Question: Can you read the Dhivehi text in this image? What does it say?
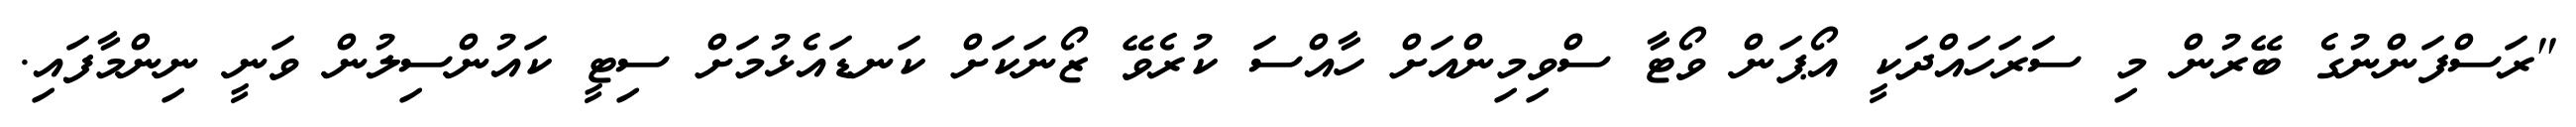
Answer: "ރަސްފަންނުގެ ބޭރުން މި ސަރަހައްދަކީ އޯޕަން ވޯޓާ ސްވިމިންއަށް ހާއްސަ ކުރެވޭ ޒޯނަކަށް ކަނޑައެޅުމަށް ސިޓީ ކައުންސިލުން ވަނީ ނިންމާފައި.